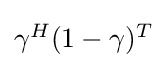
{\textstyle \gamma ^{H}(1-\gamma )^{T}}